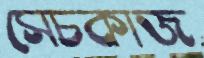
সেচকাজ